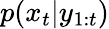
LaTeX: p(x_{t}|y_{1:t})